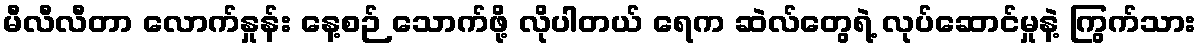
မီလီလီတာ လောက်နှုန်း နေ့စဉ် သောက်ဖို့ လိုပါတယ် ရေက ဆဲလ်တွေရဲ့ လုပ်ဆောင်မှုနဲ့ ကြွက်သား